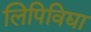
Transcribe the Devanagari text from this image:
लिपिविद्या